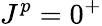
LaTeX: J^{p}=0^{+}